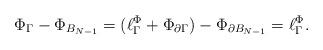
LaTeX: \begin{align*}\Phi_\Gamma - \Phi_{B_{N-1}} = (\ell^\Phi_\Gamma + \Phi_{\partial \Gamma}) - \Phi_{\partial B_{N-1}} = \ell^\Phi_\Gamma.\end{align*}